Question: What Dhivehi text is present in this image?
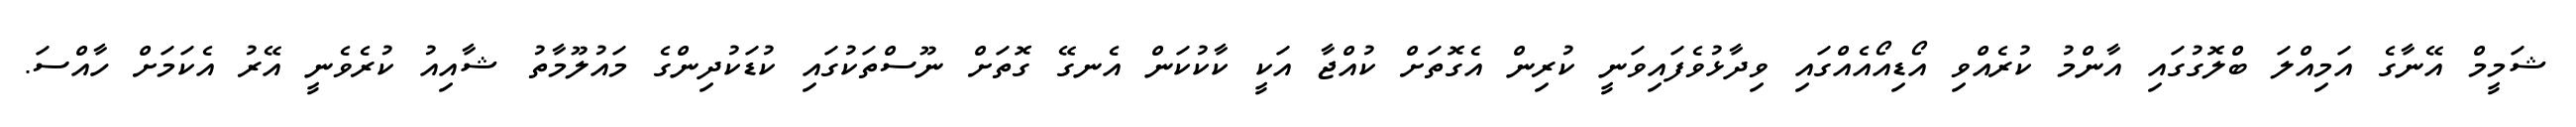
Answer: ޝަމީމް އޭނާގެ އަމިއްލަ ބްލޮގުގައި އާންމު ކުރެއްވި އޯޑިއޯއެއްގައި ވިދާޅުވެފައިވަނީ ކުރިން އެގޮތަށް ކުއްޖާ އަކީ ކާކުކަން އެނގޭ ގޮތަށް ނޫސްތަކުގައި ކުޑަކުދިންގެ މައުލޫމާތު ޝާއިއު ކުރެވެނީ އޭރު އެކަމަށް ހާއްސަ.